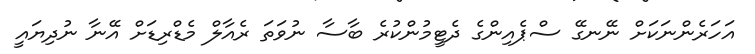
އަހަރެންނަކަށް ނޭނގޭ ސްޕެއިންގެ ދެޓީމުންކުރެ ބާސާ ނުވަތަ ރެއާލް މެޑްރިޑަށް އޭނާ ނުދިޔައީ